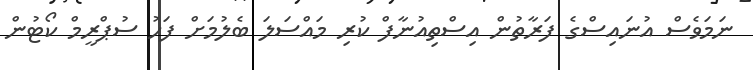
ނަމަވެސް އުނައިސްގެ ފަރާތުން އިސްތިއުނާފް ކުރި މައްސަލަ ބެލުމަށް ފަހު ސުޕްރީމް ކޯޓުން